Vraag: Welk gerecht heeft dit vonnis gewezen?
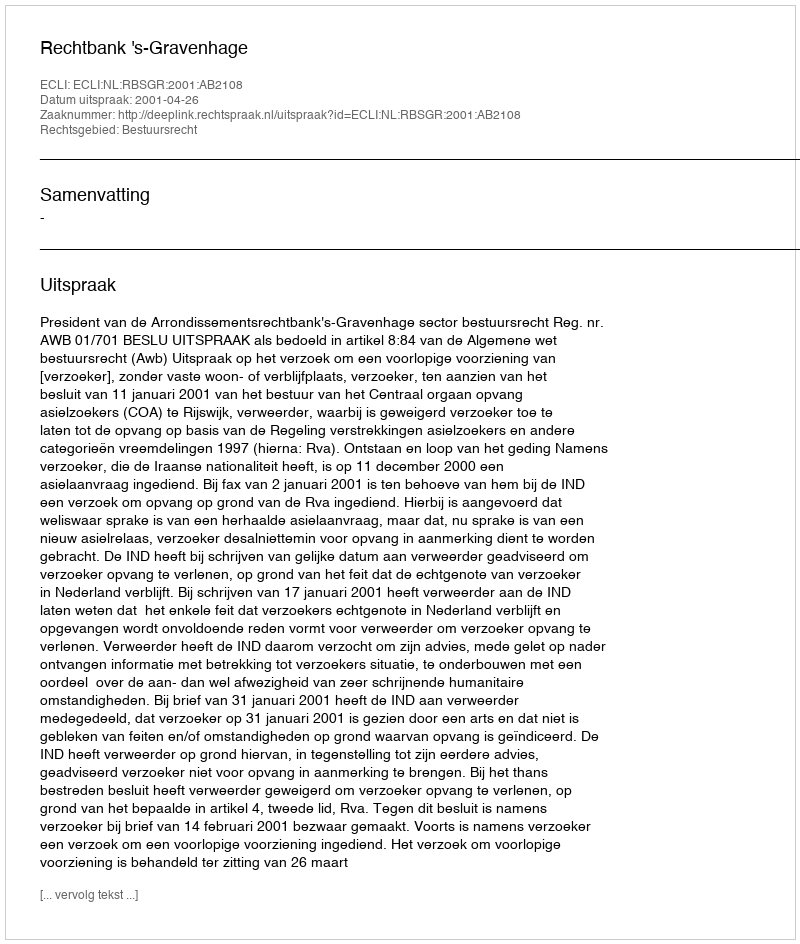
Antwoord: Rechtbank 's-Gravenhage